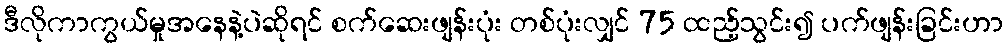
ဒီလိုကာကွယ်မှုအနေနဲ့ပဲဆိုရင် စက်ဆေးဖျန်းပုံး တစ်ပုံးလျှင် 75 ထည့်သွင်း၍ ပက်ဖျန်းခြင်းဟာ